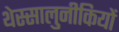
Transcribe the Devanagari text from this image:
थेस्सालुनीकियों